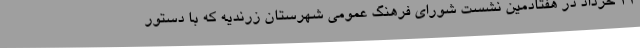
21 خرداد در هفتادمین نشست شورای فرهنگ عمومی شهرستان زرندیه که با دستور